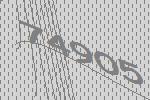
74905